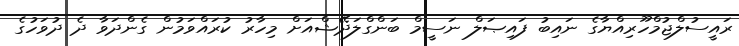
ރައީސުލްޖުމްހޫރިއްޔާގެ ނައިބު ފައިޞަލް ނަސީމް ބަންގްލަދޭޝްއަށް މިހާރު ކުރައްވަމުން ގެންދަވާ ދެ ދުވަހުގެ